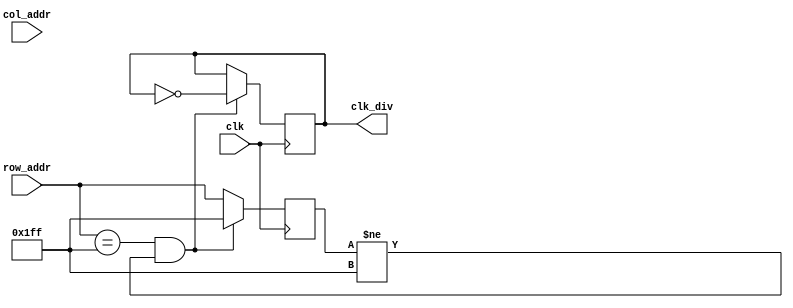
module clock_div_ref(
    input clk,
    input wire [9:0] col_addr,
    input wire [8:0] row_addr,
    output reg clk_div
    );
    reg [8:0]la_row;
    initial begin
        clk_div = 0;
    end
    always @(posedge clk) begin
        if(row_addr == 9'd511 && la_row!=9'd511)begin
            clk_div<=~clk_div;
            la_row<=9'd511;
        end
        else begin
            clk_div<=clk_div;
            la_row<=row_addr;
        end
    end
endmodule